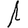
Digit: 1